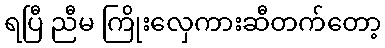
ရပြီ ညီမ ကြိုးလှေကားဆီတက်တော့